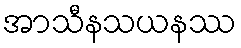
အာသီနသယနဿ